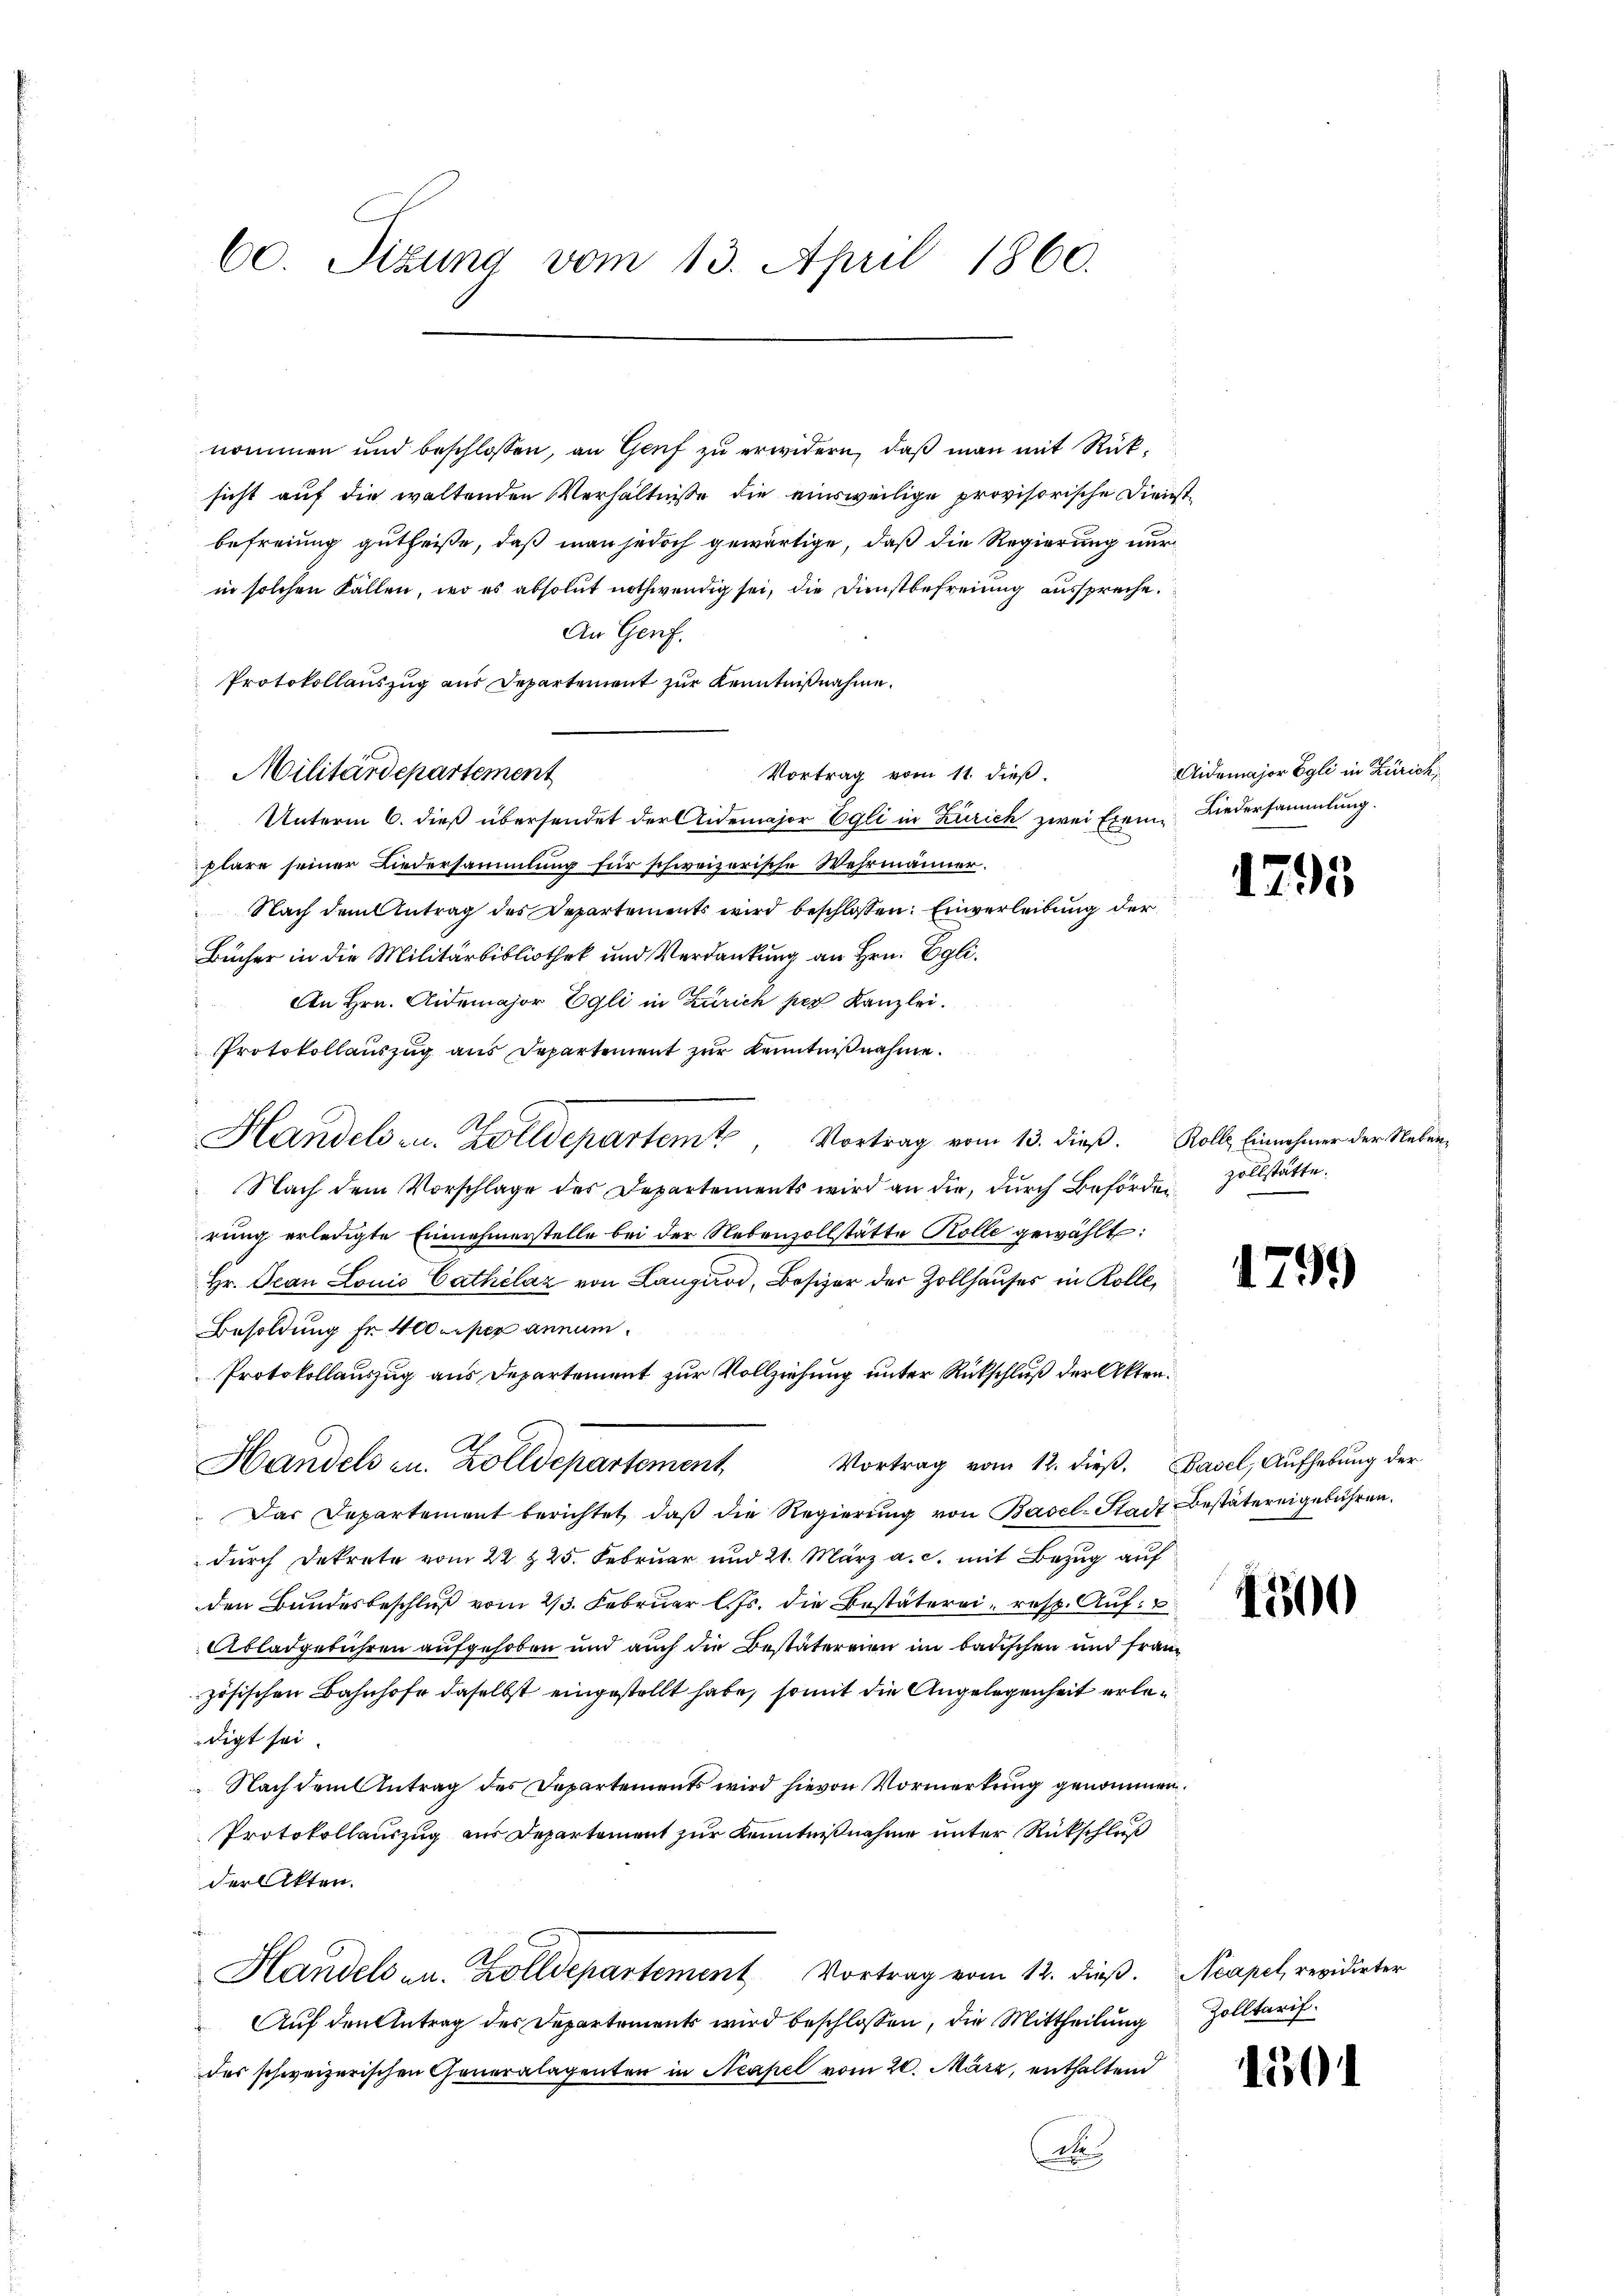
60. Sitzung vom 13. April 1860.

nommen und beschlossen, an Genf zu erwidern, daß man mit Rücksicht auf die waltenden Verhältnisse die einsweilige provisorische Dienstbefreiung gutheiße, daß man jedoch gewärtige, daß die Regierung nur
in solchen Fällen, wo es absolut nothwendig sei, die Dienstbefreiung ausspreche.
An Genf.
Protokollauszug aus Departement zur Kenntnißnahme.
Vortrag vom 11. dieß.
Unterm 6. dieß übersendet der Aidemajor Egli in Zürich zwei Exem Liedersammlung.
plare seiner Niedersammlung für schweizerische Wehrmänner.
Nach dem Antrag des Departements wird beschlossen: Einverleibung der
Bücher in die Militärbibliothek und Verdankung an Hrn. Egli.
An Hrn. Aidemajor Egli in Zürich per Kanzlei.
Protokollauszug aus Departement zur Kenntnißnahme.
Handels- u. Zolldepartem Vortrag vom 13. dieβ. Roll Einnehmer der Neben¬
Nach dem Vorschlage des Departements wird an die, dŭrch Behörden Zollstätte.
rung erledigte Einnahmerstelle bei der Nebenzollstätte Kolle gewählt:
Hr. Jean Lonio Cathélaz von Langoi, Besizer der Zollhauses in Kolle,
Besoldung fr. 400 per annum.
Protokollauszug aus Departement zur Vollziehung unter Rückschluß der Akten.
f
A
Vortrag vom 12. dieβ. Basel, Aufhebung der
Handels zu. Zolldepartement
" Das Departement berichtet, daβ die Regierŭng von Basel-Stadt Bestätereigebühren.
durch Dekrete vom 22 t 25. Februar und 21. März a. c. mit Bezug auf
den Bundesbeschluß vom 23. Februar l. Js. die Bestäterei, resp. Auf
Abladgeführen aufgehoben und auch die Bestäterrien im badischen und Französischen Bahnhofe daselbst eingestellt habe, somit die Angelegenheit erledigt sei.
Nach dem Antrag des Departements wird hievon Vormerkung genommen.
Protokollauszug zur Departement zur Kenntnißnahme unter Rückschluß
der Akten.
Handels an. Zolldepartement Vortrag vom 12. dieβ. Neapel, revidierter
Auf den Antrag des Departements wird beschlossen, die Mittheilung
des schweizerischen Generalagenten in Neapel vom 20. März, enthaltend
A

Militärdepartement

Aidemajor Egli in Zürich,

1795

179.

1500

Zolltarif.

201